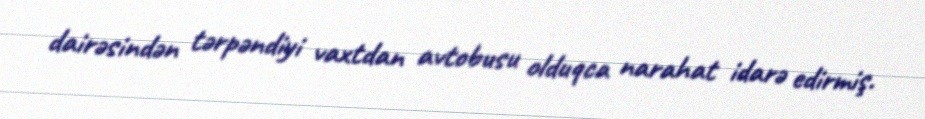
dairəsindən tərpəndiyi vaxtdan avtobusu olduqca narahat idarə edirmiş.